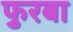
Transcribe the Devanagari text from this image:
फुरबा